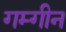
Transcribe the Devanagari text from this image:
गम्गीन